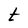
Character: t